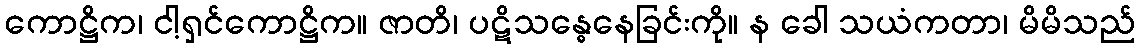
ကောဋ္ဌိက၊ ငါ့ရှင်ကောဋ္ဌိက။ ဇာတိ၊ ပဋိသန္ဓေနေခြင်းကို။ န ခေါ သယံကတာ၊ မိမိသည်